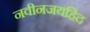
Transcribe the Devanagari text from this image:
नवीनजयहिंद